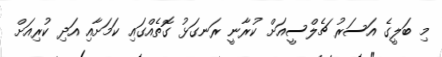
މި ބަލީގެ އަސަރު ޗެލްސީއަށް ކުރާނީ ރަނގަޅު ގޮތެއްގައި ކަމަށާއި އަދި ކުރިއަށް